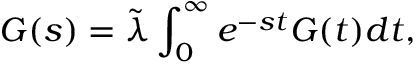
G ( s ) = \tilde { \lambda } \int _ { 0 } ^ { \infty } e ^ { - s t } G ( t ) d t ,